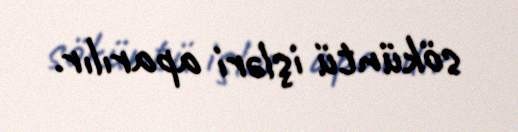
söküntü işləri aparılır.